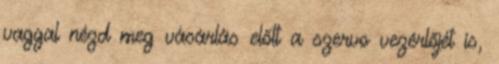
vaggal nézd meg vásárlás előtt a szervo vezérlőjét is,